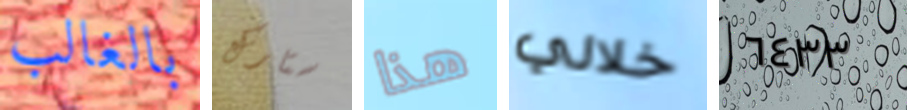
بالغالب ستارك هذا خلالي ٦٤٣٣